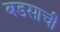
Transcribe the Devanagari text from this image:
बडसाची